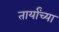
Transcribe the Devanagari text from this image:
तार्यांच्या